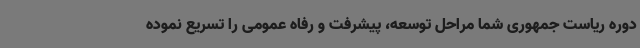
دوره ریاست جمهوری شما مراحل توسعه، پیشرفت و رفاه عمومی را تسریع نموده